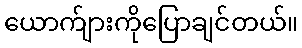
ယောက်ျားကိုပြောချင်တယ်။